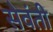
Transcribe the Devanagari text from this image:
सेवंती